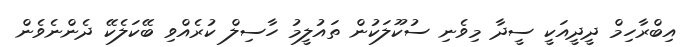
އިބްރާހިމް ދީދީއަކީ ސީދާ މިވެނި ސުކޫލަކުން ތައުލީމު ހާސިލް ކުރެއްވި ބޭކަލެކޭ ދެންނެވެން